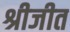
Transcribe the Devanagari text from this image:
श्रीजीत